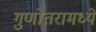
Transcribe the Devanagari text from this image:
गुणोत्तरामध्ये